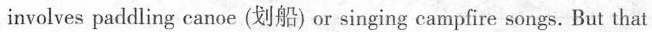
involves paddling canoe (划船) or singing campfire songs. But that